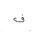
Letter: _fa